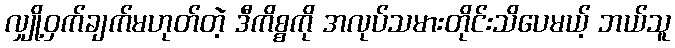
လျှို့ဝှက်ချက်မဟုတ်တဲ့ ဒီကိစ္စကို အလုပ်သမားတိုင်းသိပေမယ့် ဘယ်သူ